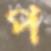
প